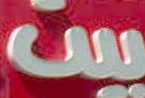
بيت